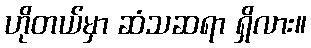
ဟိုတယ်မှာ ဆံသဆရာ ရှိလား။